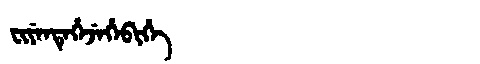
Manchu: ᠸᡳᠶᡝᠨᡨᡝᡥᡝᠵᡝᡥᡝᠪᡳᡥᡝ
Romanization: FIYENTEHEJEHEBIHE